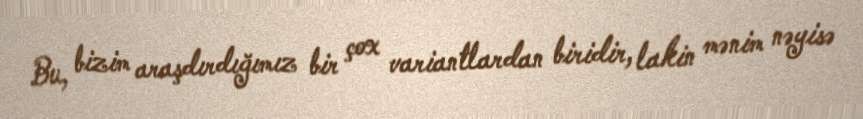
Bu, bizim araşdırdığımız bir çox variantlardan biridir, lakin mənim nəyisə